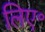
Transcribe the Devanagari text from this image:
लिए॰